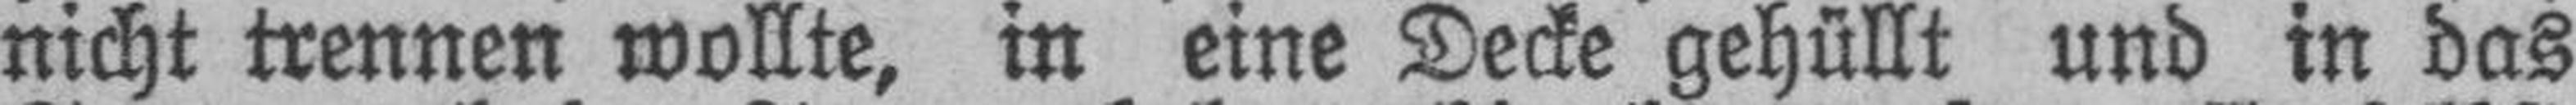
nicht trennen wollte, in eine Decke gehüllt und in das